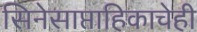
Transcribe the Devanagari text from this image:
सिनेसाप्ताहिकाचेही